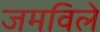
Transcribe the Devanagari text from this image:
जमविले